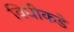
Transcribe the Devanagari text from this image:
विधीकडे